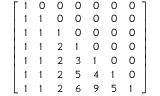
\left[ \begin{array} { l l l l l l l } { 1 } & { 0 } & { 0 } & { 0 } & { 0 } & { 0 } & { 0 } \\ { 1 } & { 1 } & { 0 } & { 0 } & { 0 } & { 0 } & { 0 } \\ { 1 } & { 1 } & { 1 } & { 0 } & { 0 } & { 0 } & { 0 } \\ { 1 } & { 1 } & { 2 } & { 1 } & { 0 } & { 0 } & { 0 } \\ { 1 } & { 1 } & { 2 } & { 3 } & { 1 } & { 0 } & { 0 } \\ { 1 } & { 1 } & { 2 } & { 5 } & { 4 } & { 1 } & { 0 } \\ { 1 } & { 1 } & { 2 } & { 6 } & { 9 } & { 5 } & { 1 } \end{array} \right]